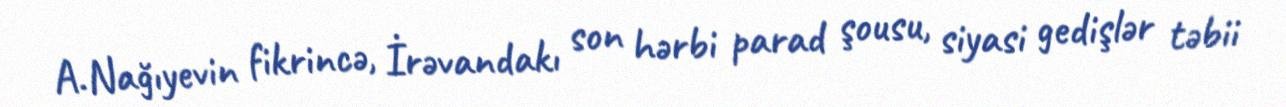
A.Nağıyevin fikrincə, İrəvandakı son hərbi parad şousu, siyasi gedişlər təbii